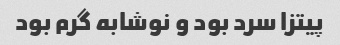
پیتزا سرد بود و نوشابه گرم بود